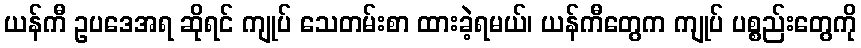
ယန်ကီ ဥပဒေအရ ဆိုရင် ကျုပ် သေတမ်းစာ ထားခဲ့ရမယ်၊ ယန်ကီတွေက ကျုပ် ပစ္စည်းတွေကို